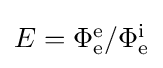
{\textstyle E=\Phi _{\mathrm {e} }^{\mathrm {e} }/\Phi _{\mathrm {e} }^{\mathrm {i} }}